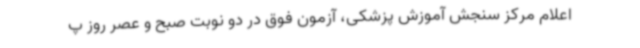
اعلام مرکز سنجش آموزش پزشکی، آزمون فوق در دو نوبت صبح و عصر روز پ